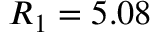
R _ { 1 } = 5 . 0 8